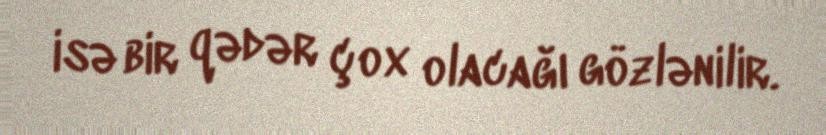
isə bir qədər çox olacağı gözlənilir.